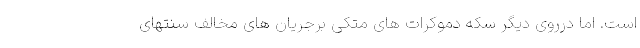
است. اما درروی دیگر سکه دموکرات های متکی برجریان های مخالف سنتهای